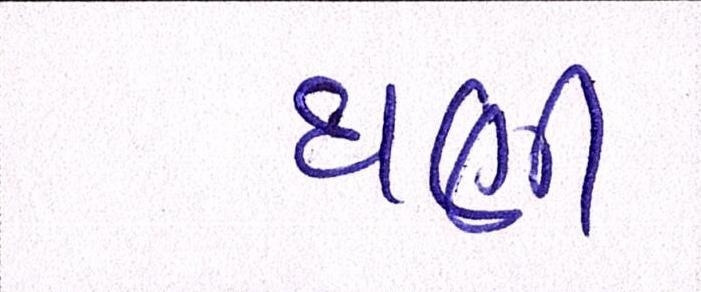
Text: ઘણી